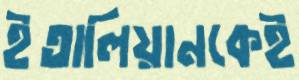
ইতালিয়ানকেই